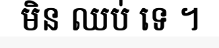
មិន ឈប់ ទេ ។